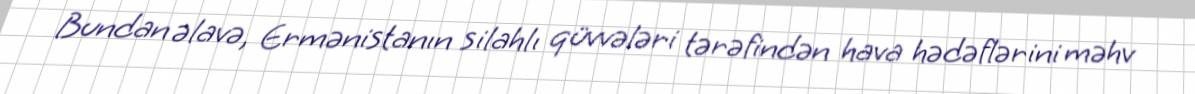
Bundan əlavə, Ermənistanın silahlı qüvvələri tərəfindən hava hədəflərini məhv